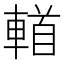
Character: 𨍣